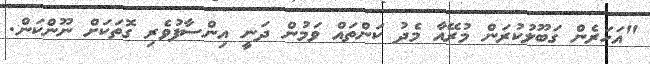
"އަހަރެން ގަބޫލުކުރަން މުރޭއާ މެދު ކަންތައް ވަމުން ދަނީ އިންސާފުވެރި ގޮތަކަށް ނޫންކަން.